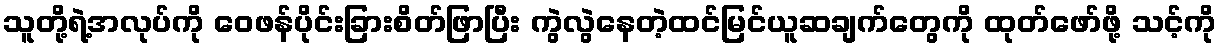
သူတို့ရဲ့အလုပ်ကို ဝေဖန်ပိုင်းခြားစိတ်ဖြာပြီး ကွဲလွဲနေတဲ့ထင်မြင်ယူဆချက်တွေကို ထုတ်ဖော်ဖို့ သင့်ကို